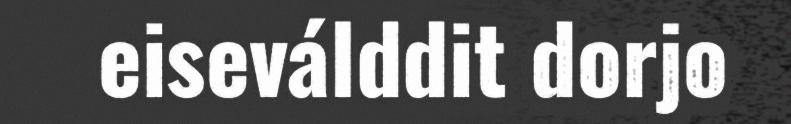
eiseválddit dorjo